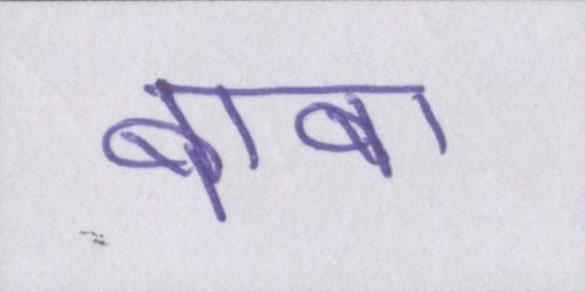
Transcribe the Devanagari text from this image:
बाबा